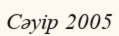
Сәуір 2005